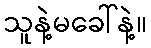
သူနဲ့မခေါ်နဲ့။